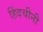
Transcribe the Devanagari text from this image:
हिंदचीनी